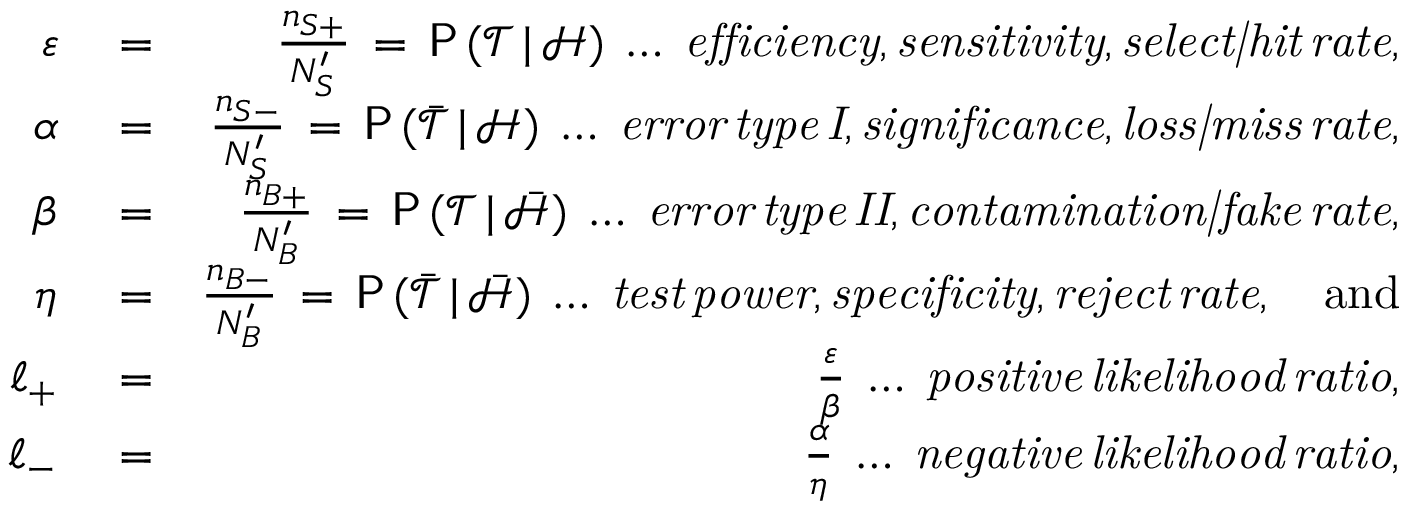
\begin{array} { r l r } { \varepsilon } & { { } = } & { \frac { n _ { S + } } { N _ { S } ^ { \prime } } \, = \, \mathsf { P } \, ( \mathcal { T } \, | \, \mathcal { H } ) \; \ldots \; \mathit { e f f i c i e n c y , s e n s i t i v i t y , s e l e c t | h i t \, r a t e } , } \\ { \alpha } & { { } = } & { \frac { n _ { S - } } { N _ { S } ^ { \prime } } \, = \, \mathsf { P } \, ( \bar { \mathcal { T } } \, | \, \mathcal { H } ) \; \ldots \; \mathit { e r r o r \, t y p e \, I , s i g n i f i c a n c e , l o s s | m i s s \, r a t e } , } \\ { \beta } & { { } = } & { \frac { n _ { B + } } { N _ { B } ^ { \prime } } \, = \, \mathsf { P } \, ( \mathcal { T } \, | \, \bar { \mathcal { H } } ) \; \ldots \; \mathit { e r r o r \, t y p e \, I I , c o n t a m i n a t i o n | f a k e \, r a t e } , } \\ { \eta } & { { } = } & { \frac { n _ { B - } } { N _ { B } ^ { \prime } } \, = \, \mathsf { P } \, ( \bar { \mathcal { T } } \, | \, \bar { \mathcal { H } } ) \; \ldots \; \mathit { t e s t \, p o w e r , s p e c i f i c i t y , r e j e c t \, r a t e } , \quad \mathrm { a n d } } \\ { \ell _ { + } } & { { } = } & { \frac { \varepsilon } { \beta } \; \ldots \; \mathit { p o s i t i v e \, l i k e l i h o o d \, r a t i o } , } \\ { \ell _ { - } } & { { } = } & { \frac { \alpha } { \eta } \; \ldots \; \mathit { n e g a t i v e \, l i k e l i h o o d \, r a t i o } , } \end{array}